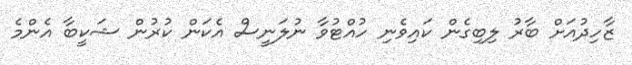
ޒާހިދުއަށް ބާރު ލިބިގެން ކައިވެނި ހުއްޓުވާ ނުލަނީސް އެކަން ކުރުން ޝަކީބާ އެންމެ